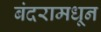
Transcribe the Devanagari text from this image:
बंदरामधून